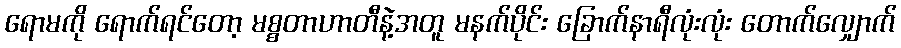
ရောမကို ရောက်ရင်တော့ မစ္စတာဟာတီနဲ့အတူ မနက်ပိုင်း ခြောက်နာရီလုံးလုံး တောက်လျှောက်